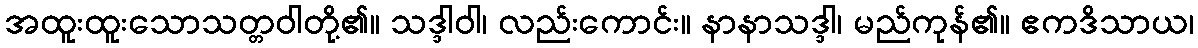
အထူးထူးသောသတ္တဝါတို့၏။ သဒ္ဒါဝါ၊ လည်းကောင်း။ နာနာသဒ္ဒါ၊ မည်ကုန်၏။ ဧကဒိသာယ၊